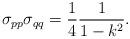
LaTeX: \begin{align*}\sigma _{pp}\sigma _{qq}=\frac {1}{4}\frac {1}{1-k^{2}}.\end{align*}